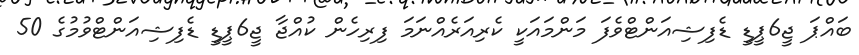
ބައްޕަ ޖީ6ޕީޑީ ޑެފިޝިއަންޓްވެފަ މަންމައަކީ ކެރިއަރެއްނަމަ ފިރިހެން ކުއްޖާ ޖީ6ޕީޑީ ޑެފިޝިއަންޓްވުމުގެ 50